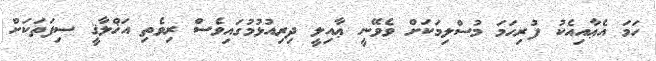
ހަމަ އެޢާއިއެކު ފުރިހަމަ މުސްލިމަކަށް ވެވޭނީ ޢާއިލީ ދިރިއުޅުމުގައިވެސް ރިވެތި އަޚްލާޤީ ސިފަތަކަށް